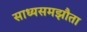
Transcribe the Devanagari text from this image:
साध्यसमझौता